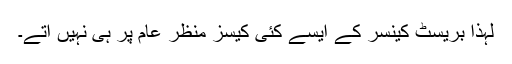
لہٰذا بریسٹ کینسر کے ایسے کئی کیسز منظر عام پر ہی نہیں آتے۔